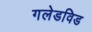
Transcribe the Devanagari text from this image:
गलेडविड